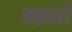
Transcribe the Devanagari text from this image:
वक्ष्यते